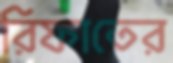
রিফাতের